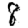
Digit: 8